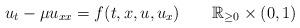
LaTeX: \begin{align*} u_t-\mu u_{xx}=f(t,x,u,u_x) \ \ \ \ \ \ \mathbb{R}_{\geq 0}\times (0,1)\end{align*}